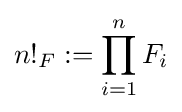
{n!}_{F}:=\prod _{i=1}^{n}F_{i}